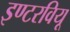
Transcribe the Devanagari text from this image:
इण्टरवियू